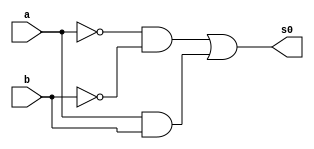
 // ------------------------- 
// Exemplo0023 - C_Igual 
// Nome: Lucas Cardoso 
// ------------------------- 
// ------------------------- 
// C_Igual
// ------------------------- 
module C_Igual (output s0,
input a, 
input b);
wire n,m,o,w;
not NOT1 (n,a);
not NOT2 (m,b);
and AND1 (o,n,m);
and AND2 (w,a,b);
or OR1 (s0,o,w);
endmodule//C_Igual

module Prin (output s,
input [3:0] x1,
input [3:0] y1);
wire temp1,temp2,temp3,temp4,temp5,temp6;
C_Igual CI1(temp1,x1[0],y1[0]);
C_Igual CI2(temp2,x1[1],y1[1]);
C_Igual CI3(temp3,x1[2],y1[2]);
C_Igual CI4(temp4,x1[3],y1[3]);
and AND3 (s,temp1,temp2,temp3,temp4);
endmodule//Prin

module testPrin;
// ------------------------- definir dados 
reg [3:0] x;
reg [3:0] y;
wire s; 
Prin modulo ( s, x, y);
// ------------------------- parte principal 
initial begin 
$display("Exemplo0023 - Lucas Cardoso - 441694"); 
$display("Test AU's module"); 
x = 4'b0000; y = 4'b0000;  
// projetar testes do modulo 
$display("\na b s");
#1 $monitor("%b %b %b",x,y,s);
#1 x='b0001;y ='b0001;  
#1 x='b0010;y ='b0010;
#1 x='b0011;y ='b0011;

#1 x='b0100;y ='b0100; 
#1 x='b0101;y ='b0101; 
#1 x='b0110;y ='b1001;
#1 x='b0111;y ='b0111;

#1 x='b1000;y ='b1000; 
#1 x='b1001;y ='b1001;  
#1 x='b1010;y ='b1010;
#1 x='b1011;y ='b1011;

#1 x='b1100;y ='b1100; 
#1 x='b1101;y ='b1001;  
#1 x='b1110;y ='b1110;
#1 x='b1111;y ='b1001;

end 
endmodule // test_FullAdder